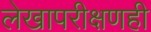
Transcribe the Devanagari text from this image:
लेखापरीक्षणही